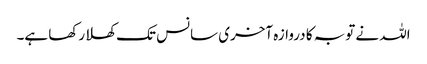
اللہ نے توبہ کا دروازہ آخری سانس تک کھلا رکھا ہے۔